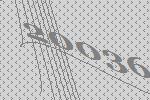
20036